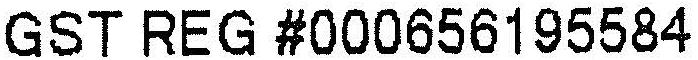
GST REG #000656195584